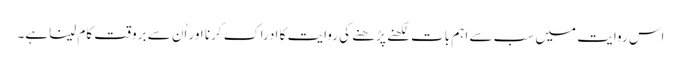
اس روایت میں سب سے اہم بات لکھنے پڑھنے کی روایت کا ادراک کرنا اور اُن سے بروقت کام لیناہے۔